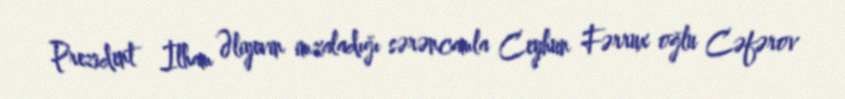
Prezident İlham Əliyevin imzaladığı sərəncamla Ceyhun Fərrux oğlu Cəfərov